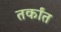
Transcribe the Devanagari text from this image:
तर्कांत